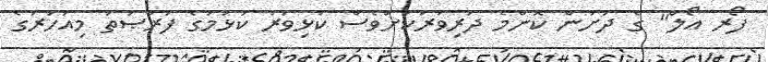
ފޯރ އޯލް" ގެ ދަށުން ކޮންމެ ދަރިވަރަކަށްވެސް ކުޅިވަރު ކުޅުމުގެ ފުރުޞަތު މިއަހަރުގެ